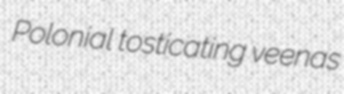
Polonial tosticating veenas